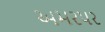
અમરપર